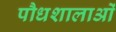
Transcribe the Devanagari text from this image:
पौधशालाओं